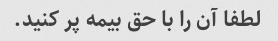
لطفا آن را با حق بیمه پر کنید.